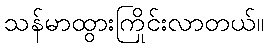
သန်မာထွားကြိုင်းလာတယ်။